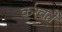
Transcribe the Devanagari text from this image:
करवते